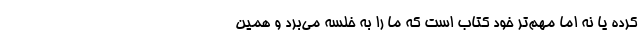
کرده یا نه اما مهم‌تر خود کتاب است که ما را به خلسه می‌برد و همین